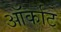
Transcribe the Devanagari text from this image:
ऑर्काट